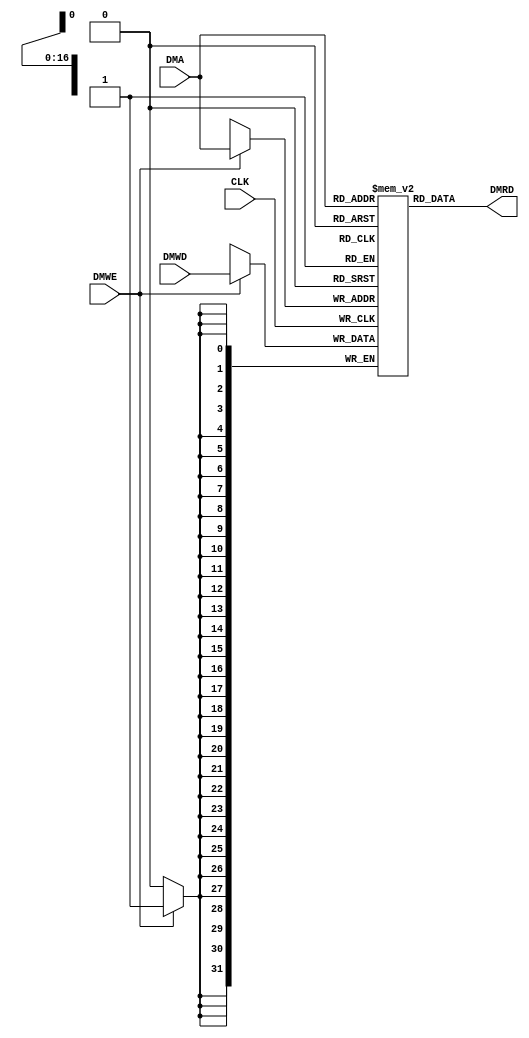
`timescale 1ns / 1ps
//////////////////////////////////////////////////////////////////////////////////
// Company: 
// Engineer: 
// 
// Design Name: 
// Module Name: DM
// Project Name: 
// Target Devices: 
// Tool Versions: 
// Description: 
// 
// Dependencies: 
// 
// Revision:
// Revision 0.01 - File Created
// Additional Comments:
// 
//////////////////////////////////////////////////////////////////////////////////


//DATA MEMORY
module DM #(parameter wid=32, dep=17)
(input CLK, DMWE, input[dep-1:0] DMA, input signed[wid-1:0] DMWD,
    output reg signed[wid-1:0] DMRD);

    reg[wid-1:0] RAM[2**dep-1:0];
    
    initial begin
        RAM[0] = 17;
        RAM[1] = 31;
        RAM[2] = -5;
        RAM[3] = -2;
        RAM[4] = 250;
    end
    
    always @(posedge CLK)
        //sync enabled write
        if (DMWE) RAM[DMA] <= DMWD;
    
    always @(*)
        //unconditional async read
        DMRD <= RAM[DMA];
endmodule